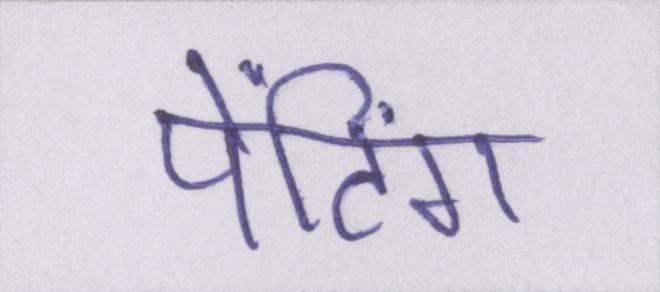
पेंटिंग